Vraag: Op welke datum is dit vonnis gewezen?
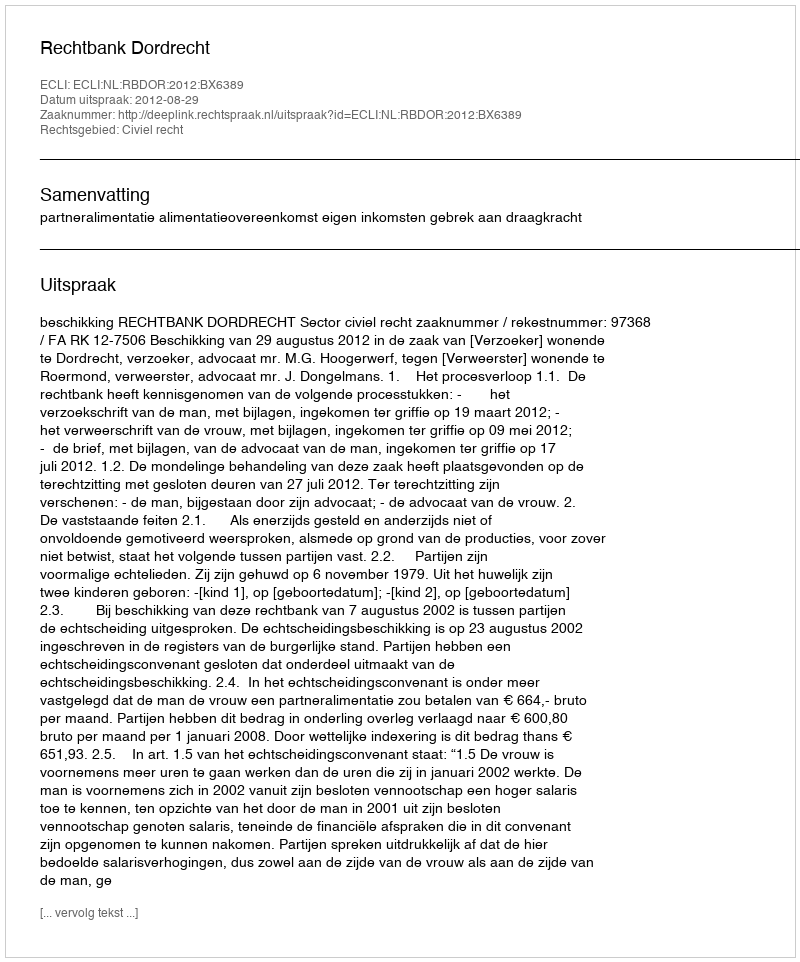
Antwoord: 2012-08-29